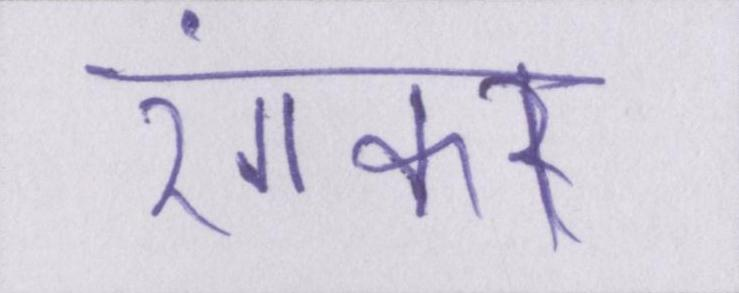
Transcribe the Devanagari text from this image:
रंगकर